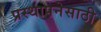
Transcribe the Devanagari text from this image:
प्रस्थापनेसाठी